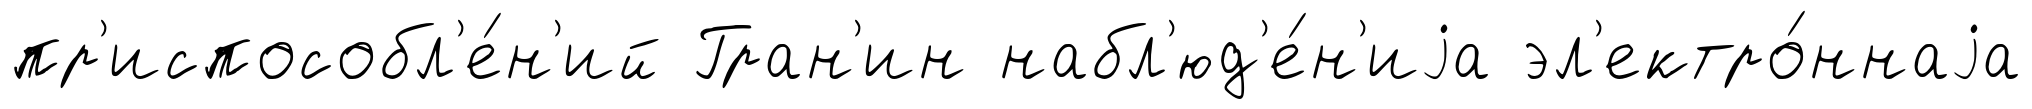
пр'испособл'е́н'ий Гран'ин набл'юд'е́н'иjа эл'ектро́ннаjа